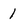
Character: 1